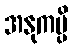
အနုကမ္ပိ